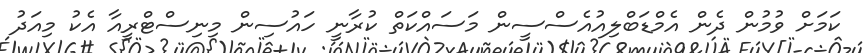
ކަމަށް ވުމުން ދެން އެމްޑަބްލިއުއެސްސީން މަސައްކަތް ކުރާނީ ހައުސިން މިނިސްޓްރީއާ އެކު މިއަދު